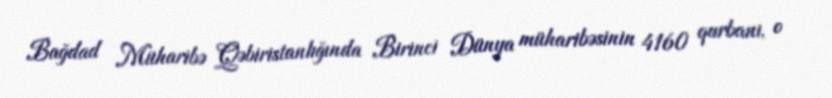
Bağdad Müharibə Qəbiristanlığında Birinci Dünya müharibəsinin 4160 qurbanı, o